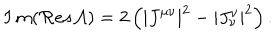
I \, m ( \mathcal { R } e s \mathcal { A } ) = 2 \left( \left| J ^ { \mu \nu } \right| ^ { 2 } - \left| J _ { \nu } ^ { \nu } \right| ^ { 2 } \right) { . }